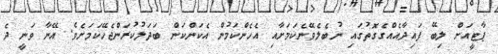
ޕާޓީއަށް ލިބޭ ފައިދާއެއްގެގޮތުގައި ނުބެލެވޭނެކަމަށާއި އެހެންކަމުން އެކަންކަން ބަދަލުކުރަންޖެހޭކަމަށެވެ. އޭނާ ވަނީ ދެ